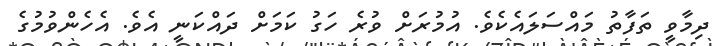
ދިމާވީ ތަފާތު މައްސަލައެކެވެ. އުމުރަށް ވުރެ ހަގު ކަމަށް ދައްކަނީ އެވެ. އެހެންވުމުގެ